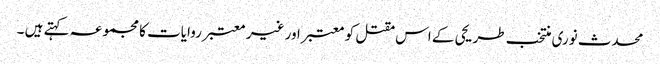
محدث نوری منتخب طریحی کے اس مقتل کو معتبر اور غیر معتبر روایات کا مجموعہ کہتے ہیں ۔